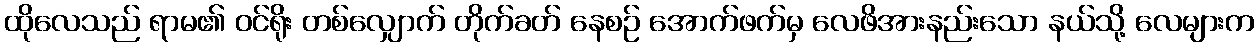
ထိုလေသည် ရာမ၏ ဝင်ရိုး တစ်လျှောက် တိုက်ခတ် နေစဉ် အောက်ဖက်မှ လေဖိအားနည်းသော နယ်သို့ လေများက